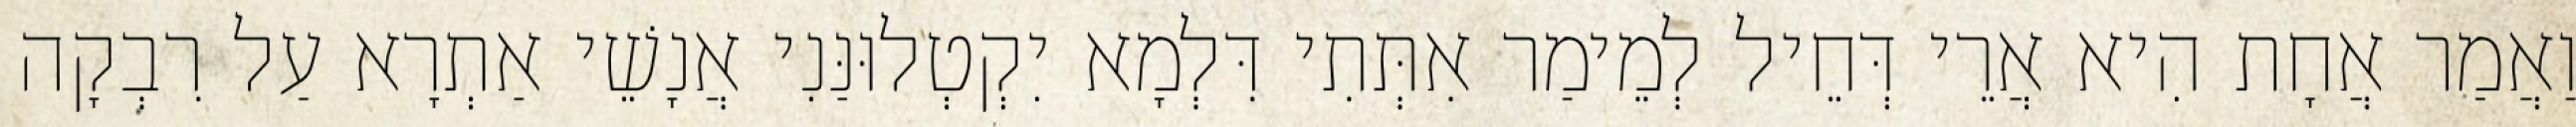
וַאֲמַר אֲחָת הִיא אֲרֵי דְּחֵיל לְמֵימַר אִתְּתִי דִּלְמָא יִקְטְלוּנַּנִי אֲנָשֵׁי אַתְרָא עַל רִבְקָה